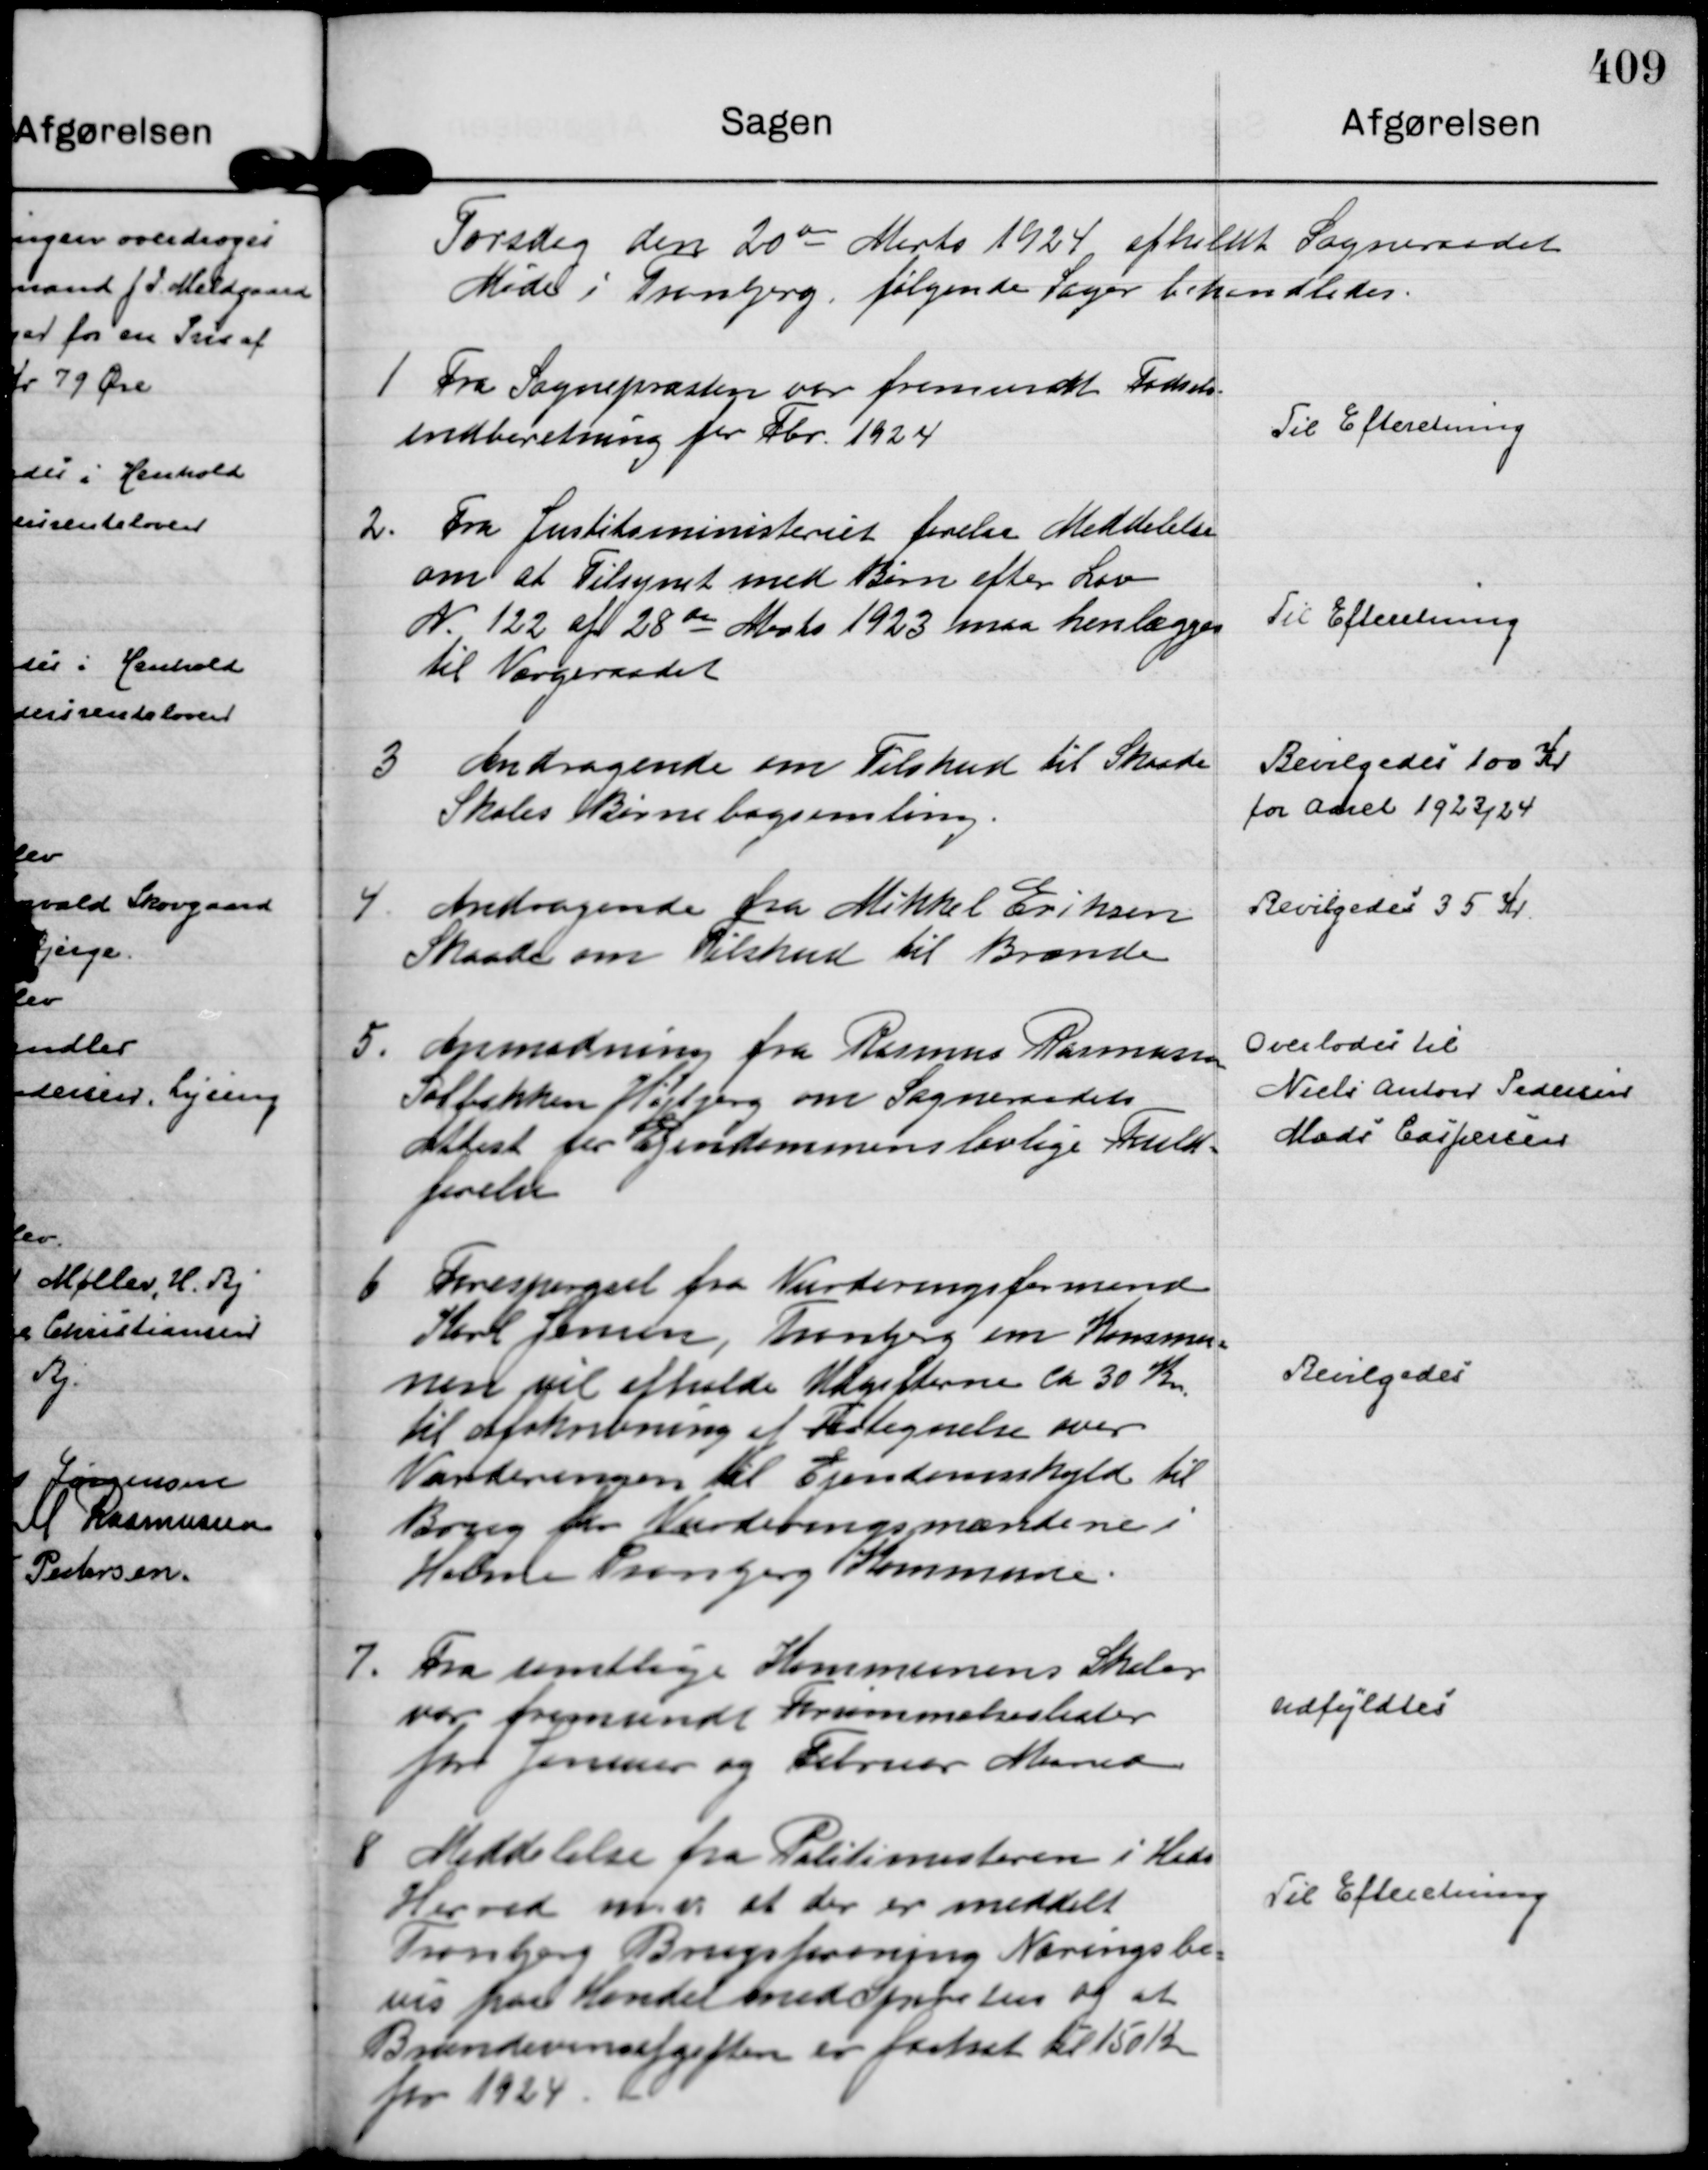
Transskription:
Torsdag den 20 de Marts 1924 afholdt Sogneraadet
Møde i Tranbjerg, følgende Sager behandledes.

1
Fra Sognepræsten var fremsendt Fødsels=
indberetning for Fbr. 1924

Til Efteretning

2.
Fra Justitsministeriet forelaa Meddelelse
om at Tilsynet med Børn efter Lov
N. 122 af 28 de Marts 1923 maa henlægges
til Værgeraadet

Til Efteretning

3
Andragende om Tilskud til Skaade
Skoles Børnebogsamling.

Bevilgedes 100 Kr
for Aaret 1923/24

4.
Andragende fra Mikkel Eriksen
Skaade om Tilskud til Brænde

Bevilgedes 35 Kr.

5.
Anmodning fra Rasmus Rasmussen
Solbakken Højbjerg om Sogneraadets
Attest for Ejendommens lovlige Fuld=
førelse

Overlodes til
Niels Anton Pedersen
Mads Caspersen

6
Forespørgsel fra Vurderingsformand
Karl Jensen, Tranbjerg om Kommu=
nen vil afholde Udgifterne ca 30 Kr.
til Afskrivning af Fortegnelse over 
Vurderingen til Ejendomsskyld til
Brug for Vurderingsmændene i
Holme Tranbjerg Kommune.

Bevilgedes

7.
Fra samtlige Kommunens Skoler
var fremsendt Forsømmelseslister
for Januar og Februar Maaneder

Udfyldtes

8
Meddelelse fra Politimesteren i Hads
Herred m.v. at der er meddelt
Tranbjerg Brugsforening Næringsbe=
vis paa Handel med Spiritus og at
Brændevinsafgiften er fastsat til 150 Kr
for 1924.

Til Efteretning